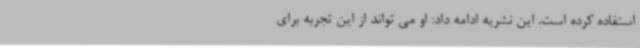
استفاده کرده است. این نشریه ادامه داد: او می تواند از این تجربه برای